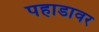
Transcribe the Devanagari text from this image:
पहाडावर